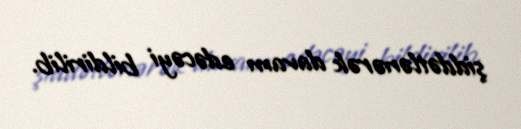
şiddətlənərək davam edəcəyi bildirilib.